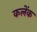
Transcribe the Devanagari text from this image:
कलेंक